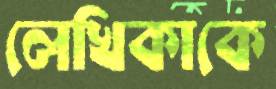
লেখিকাকে